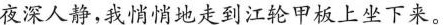
夜深人静，我悄悄地走到江轮甲板上坐下来。